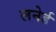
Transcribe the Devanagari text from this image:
लनेर्ड